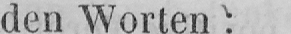
den Worten: